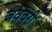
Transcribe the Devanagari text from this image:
जववरी